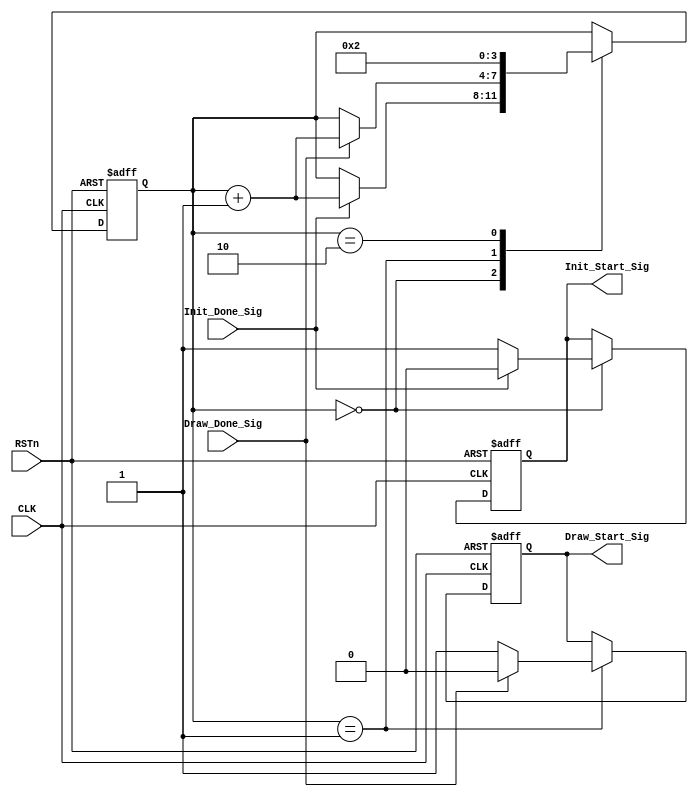
/////////////////////////////////////////////////////////
//// LCD_CTL_MODULE.v
////			ZHAOCHAO
//// 				2016-11-16
//////////////////////////////////////////////////////////
////

module LCD_CTL_MODULE
(
	CLK, RSTn,
	Init_Done_Sig, Draw_Done_Sig,
	Init_Start_Sig, Draw_Start_Sig
);

	input CLK;
	input RSTn;
	input Init_Done_Sig;
	input Draw_Done_Sig;
	output Init_Start_Sig;
	output Draw_Start_Sig;
	
	
	//////////////////////////////////////////////////
	
	
	reg [3:0]state_index;
	reg isInit;
	reg isDraw;
	
	always@(posedge CLK or negedge RSTn)
		if (!RSTn)
			begin
				state_index <= 4'd0;
				isInit <= 1'b0;
				isDraw <= 1'b0;
			end
		else 
			case (state_index)
		
				4'd0:
					if (Init_Done_Sig)
						begin
							isInit <= 1'b0;
							state_index <= state_index + 1'b1;
						end
					else
						begin
							isInit <= 1'b1;
						end
					
				4'd1:
					if (Draw_Done_Sig)
						begin
							isDraw <= 1'b0;
							state_index <= state_index + 1'b1;
						end
					else
						begin
							isDraw <= 1'b1;
						end
					
				4'd2:
					state_index <= 4'd2;
			
			endcase
			
	////////////////////////////////////////////////////
	
	assign Init_Start_Sig = isInit;
	assign Draw_Start_Sig = isDraw;
	
	
endmodule